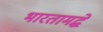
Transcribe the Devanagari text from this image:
भारतामद्धे